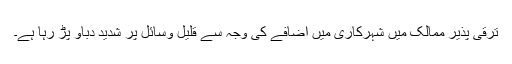
ترقی پذیر ممالک میں شہرکاری میں اضافے کی وجہ سے قلیل وسائل پر شدید دباؤ پڑ رہا ہے۔